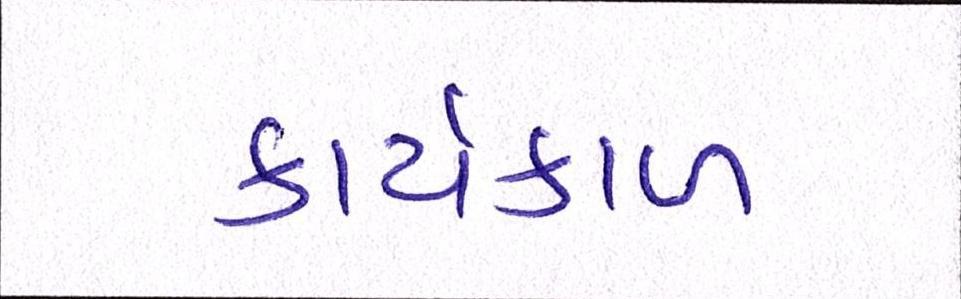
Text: કાર્યકાળ